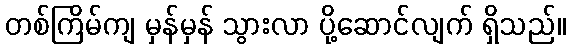
တစ်ကြိမ်ကျ မှန်မှန် သွားလာ ပို့ဆောင်လျက် ရှိသည်။